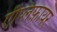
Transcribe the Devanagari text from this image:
ऐंप्लिफ़ायर